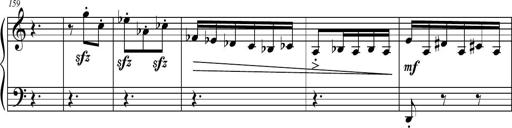
Title: Petite Sonatine
Composer: Richard St. Clair